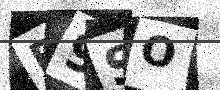
Text: R9SO